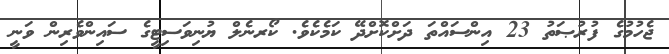
ޖެހުމުގެ ފުރުޞަތު 23 އިންސައްތަ ދަށްކޮށްދޭ ކަމެކެވެ. ކޯރނެލް ޔުނިވަސިޓީގެ ސައިންވެރިން ވަނީ